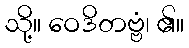
သို့။ ဝေဒိတဗ္ဗံ၊ ၏။